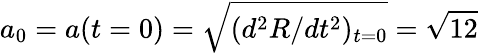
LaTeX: a_{0}=a(t=0)=\sqrt{(d^{2}R/dt^{2})_{t=0}}=\sqrt{12}